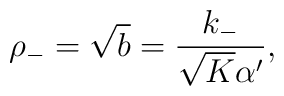
\rho_-=\sqrt{b}=\frac{k_-}{\sqrt{K}\alpha'},